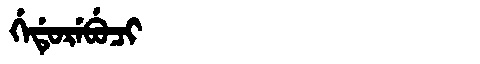
Manchu: ᡤᡝᡩᡠᡵᡝᠪᡠᠴᡳ
Romanization: GEDUREBUCI